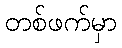
တစ်ဖက်မှာ